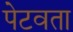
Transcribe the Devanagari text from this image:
पेटवता